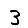
Digit: 3